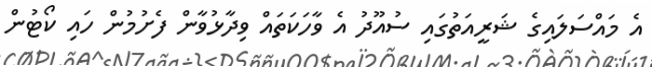
އެ މައްސަލައިގެ ޝަރީއަތުގައި ސުއޫދު އެ ވާހަކަތައް ވިދާޅުވާން ފެށުމުން ހައި ކޯޓުން